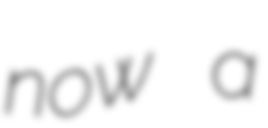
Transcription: now a